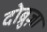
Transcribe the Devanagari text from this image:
दोब्रुज़ा